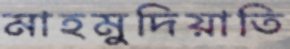
মাহমুদিয়াতি